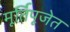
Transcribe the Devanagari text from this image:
मूर्तिपूजेत